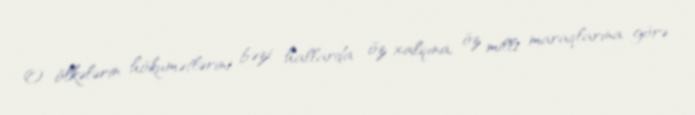
O ölkələrin hökumətlərini bəzi hallarda öz xalqına, öz milli maraqlarına görə